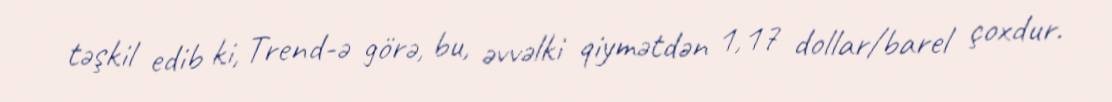
təşkil edib ki, Trend-ə görə, bu, əvvəlki qiymətdən 1,17 dollar/barel çoxdur.